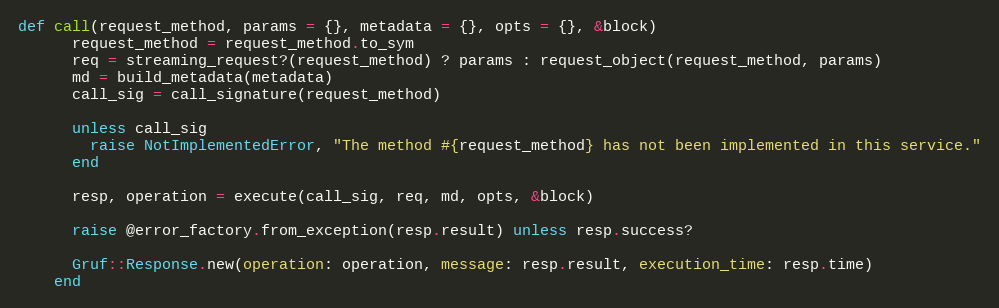
Language: Ruby
def call(request_method, params = {}, metadata = {}, opts = {}, &block)
      request_method = request_method.to_sym
      req = streaming_request?(request_method) ? params : request_object(request_method, params)
      md = build_metadata(metadata)
      call_sig = call_signature(request_method)

      unless call_sig
        raise NotImplementedError, "The method #{request_method} has not been implemented in this service."
      end

      resp, operation = execute(call_sig, req, md, opts, &block)

      raise @error_factory.from_exception(resp.result) unless resp.success?

      Gruf::Response.new(operation: operation, message: resp.result, execution_time: resp.time)
    end